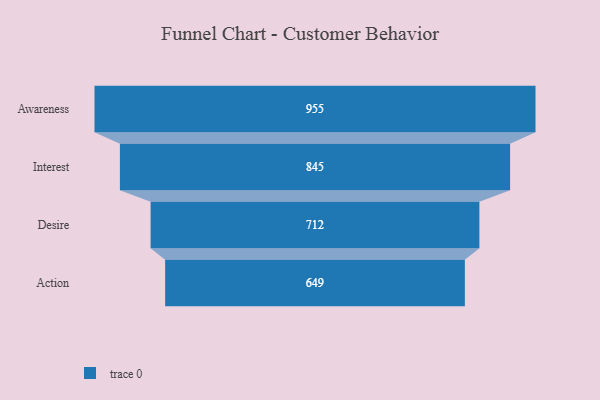
{"axis": {"x": "Stage", "y": "Value"}, "legend": [""], "data": [{"x": "Awareness", "y": 955.0, "type": ""}, {"x": "Interest", "y": 845.0, "type": ""}, {"x": "Desire", "y": 712.0, "type": ""}, {"x": "Action", "y": 649.0, "type": ""}]}